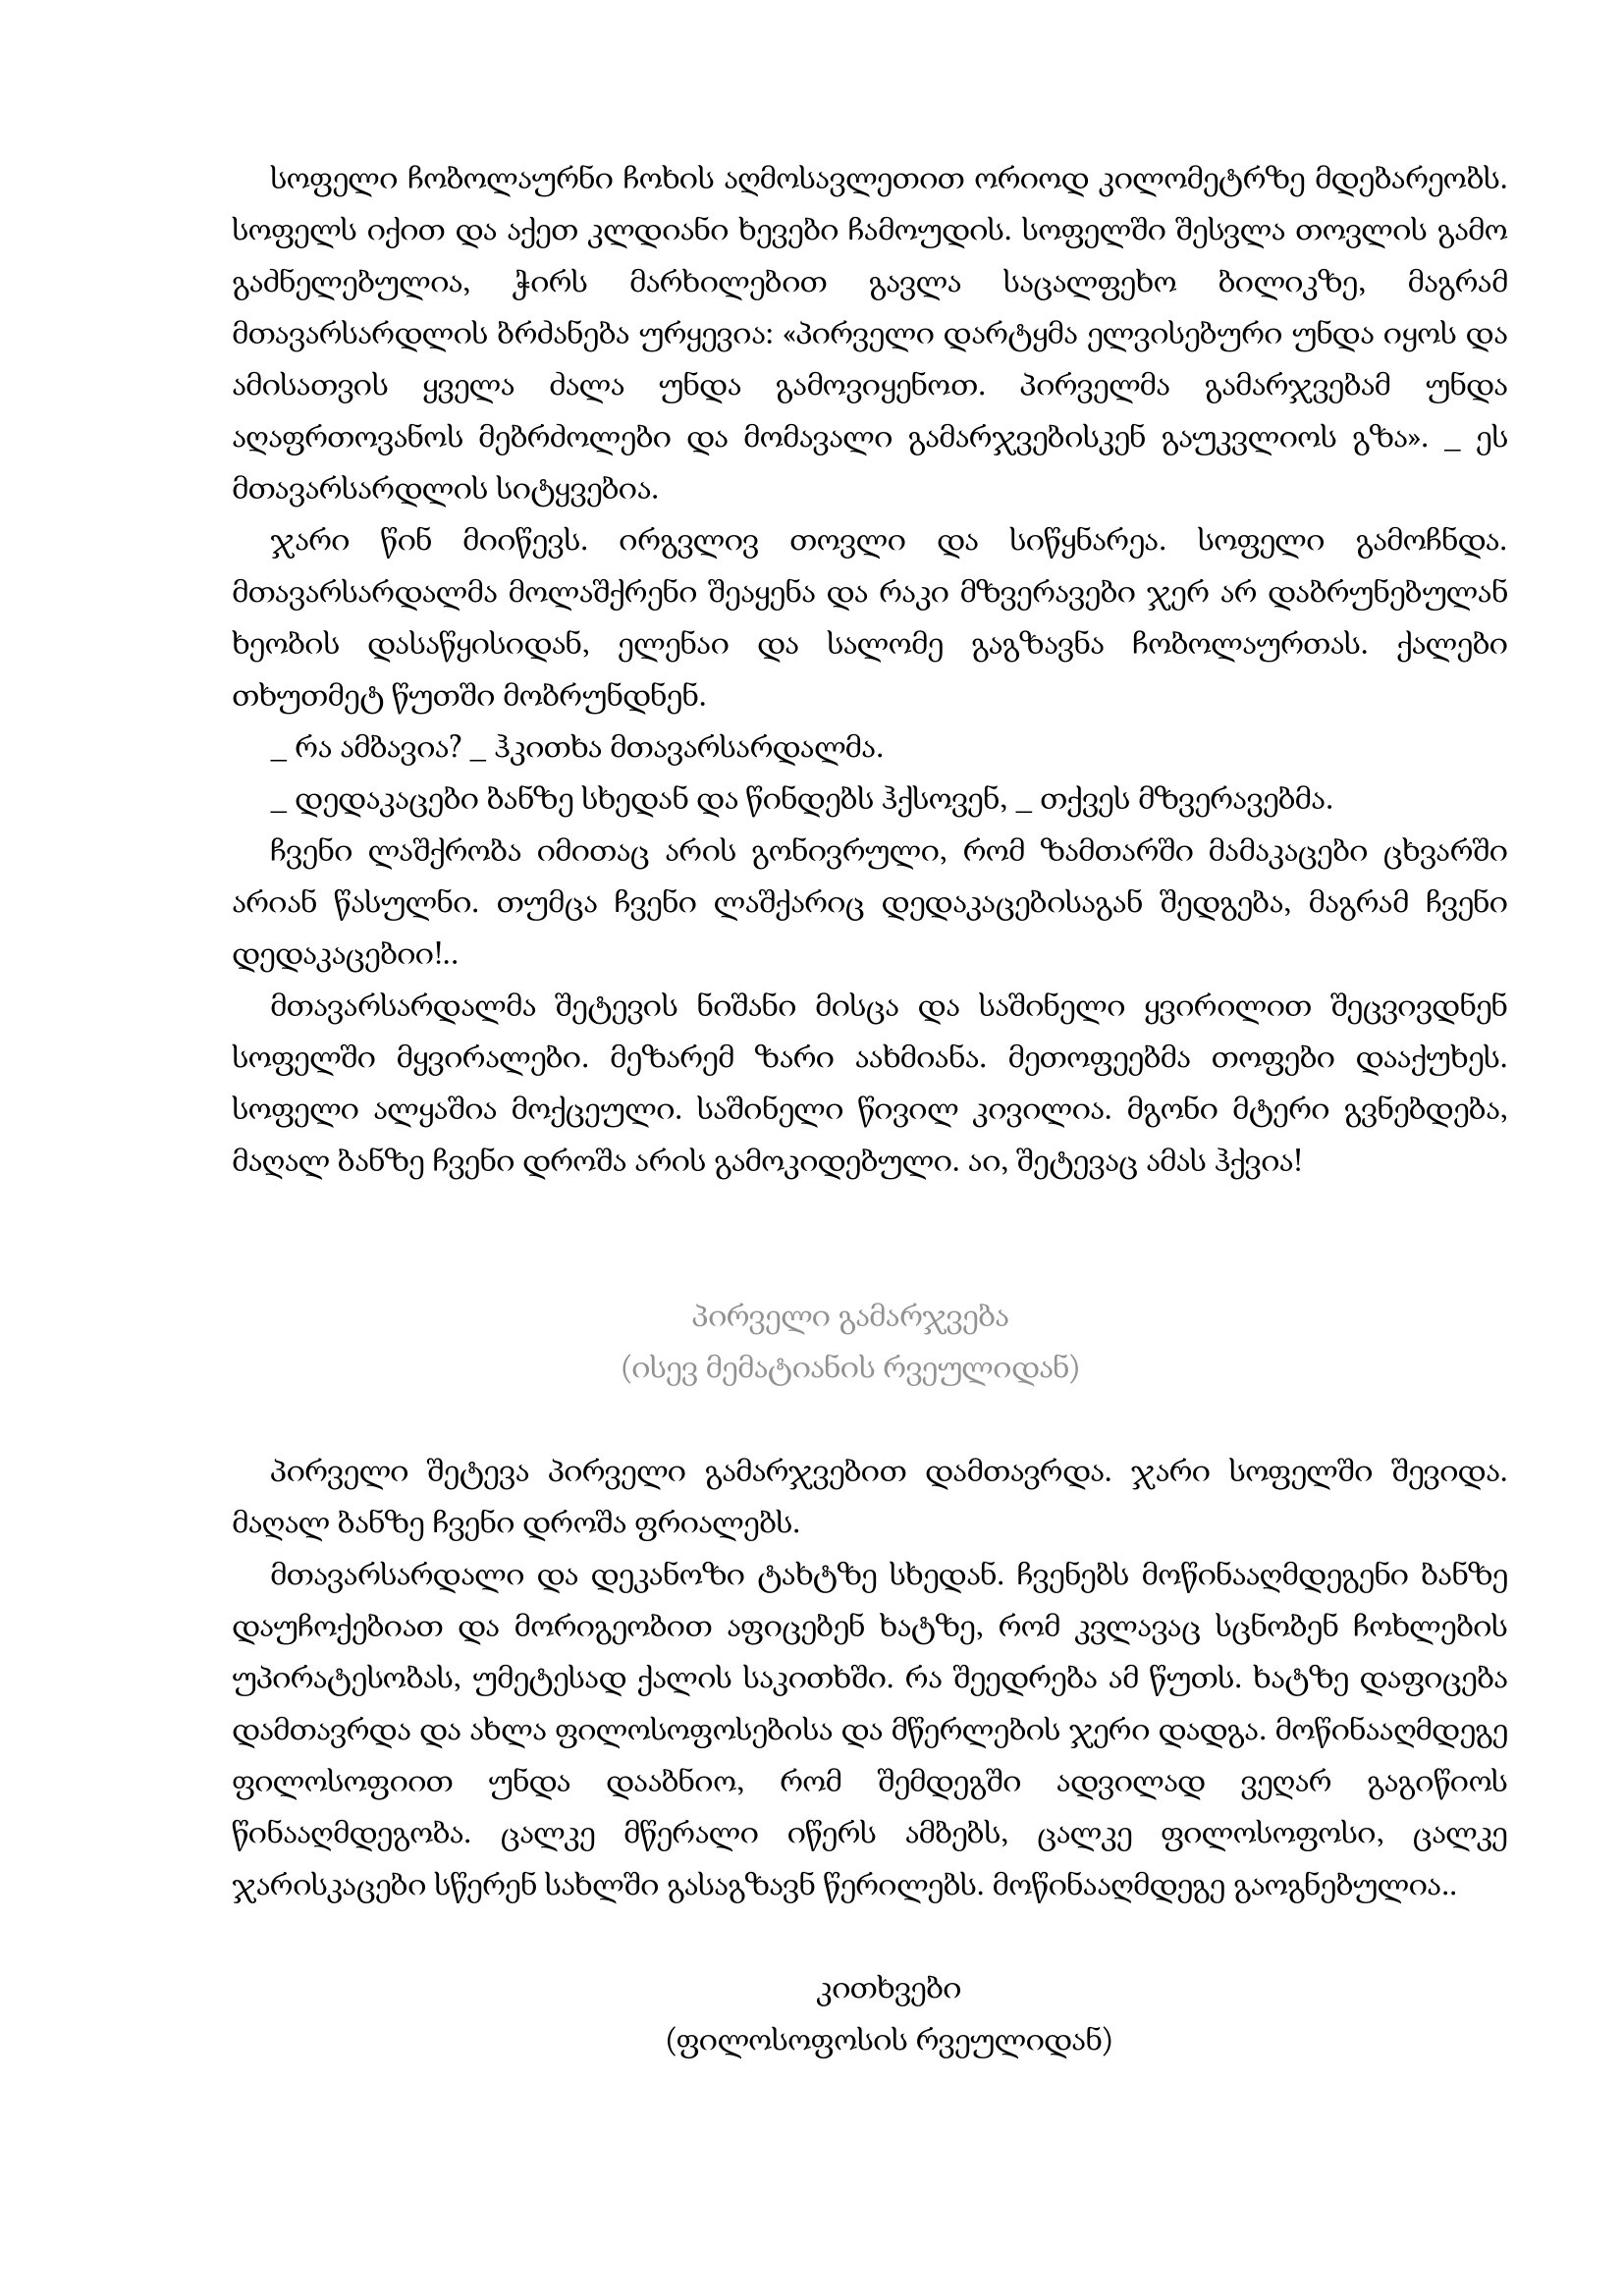
Language: gr